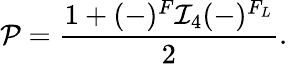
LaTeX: {\cal P}=\frac{1+(-)^{F}{\cal I}_{4}(-)^{F_{L}}}{2}.